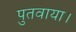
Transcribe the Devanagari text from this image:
पुतवाया।